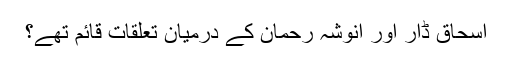
اسحاق ڈار اور انوشہ رحمان کے درمیان تعلقات قائم تھے؟